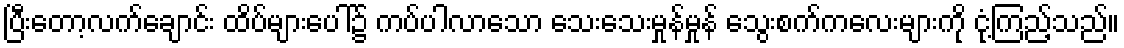
ပြီးတော့လက်ချောင်း ထိပ်များပေါ်၌ ကပ်ပါလာသော သေးသေးမှုန်မှုန် သွေးစက်ကလေးများကို ငုံ့ကြည့်သည်။